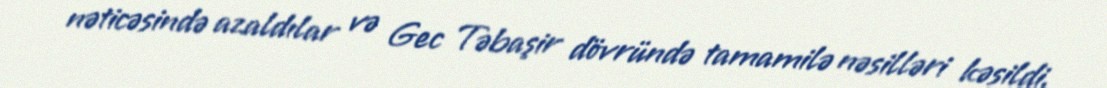
nəticəsində azaldılar və Gec Təbaşir dövründə tamamilə nəsilləri kəsildi.